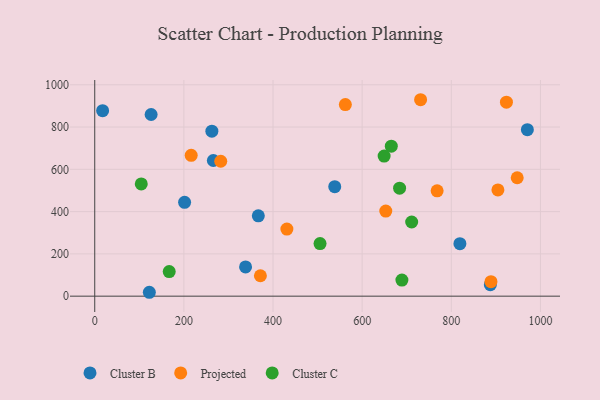
{"axis": {"x": "Price", "y": "Rating"}, "legend": ["Cluster B", "Cluster C", "Projected"], "data": [{"x": "262.8", "y": 780.3, "type": "Cluster B"}, {"x": "887.6", "y": 54.5, "type": "Cluster B"}, {"x": "126.5", "y": 859.3, "type": "Cluster B"}, {"x": "970.7", "y": 787.4, "type": "Cluster B"}, {"x": "266.1", "y": 641.8, "type": "Cluster B"}, {"x": "819.3", "y": 248.1, "type": "Cluster B"}, {"x": "17.7", "y": 877.6, "type": "Cluster B"}, {"x": "538.5", "y": 517.8, "type": "Cluster B"}, {"x": "122.5", "y": 18.4, "type": "Cluster B"}, {"x": "367.0", "y": 380.3, "type": "Cluster B"}, {"x": "201.6", "y": 444.0, "type": "Cluster B"}, {"x": "338.4", "y": 138.5, "type": "Cluster B"}, {"x": "562.3", "y": 906.5, "type": "Projected"}, {"x": "282.7", "y": 638.3, "type": "Projected"}, {"x": "216.4", "y": 666.4, "type": "Projected"}, {"x": "653.0", "y": 402.4, "type": "Projected"}, {"x": "431.1", "y": 317.2, "type": "Projected"}, {"x": "371.7", "y": 96.6, "type": "Projected"}, {"x": "889.0", "y": 68.4, "type": "Projected"}, {"x": "947.9", "y": 560.3, "type": "Projected"}, {"x": "904.6", "y": 502.8, "type": "Projected"}, {"x": "768.2", "y": 498.2, "type": "Projected"}, {"x": "731.1", "y": 929.3, "type": "Projected"}, {"x": "923.7", "y": 917.7, "type": "Projected"}, {"x": "711.1", "y": 350.9, "type": "Cluster C"}, {"x": "689.2", "y": 76.0, "type": "Cluster C"}, {"x": "167.1", "y": 116.5, "type": "Cluster C"}, {"x": "665.4", "y": 709.5, "type": "Cluster C"}, {"x": "505.5", "y": 248.6, "type": "Cluster C"}, {"x": "649.3", "y": 662.5, "type": "Cluster C"}, {"x": "684.0", "y": 510.7, "type": "Cluster C"}, {"x": "104.4", "y": 531.1, "type": "Cluster C"}]}